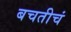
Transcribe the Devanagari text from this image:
बचतीचं